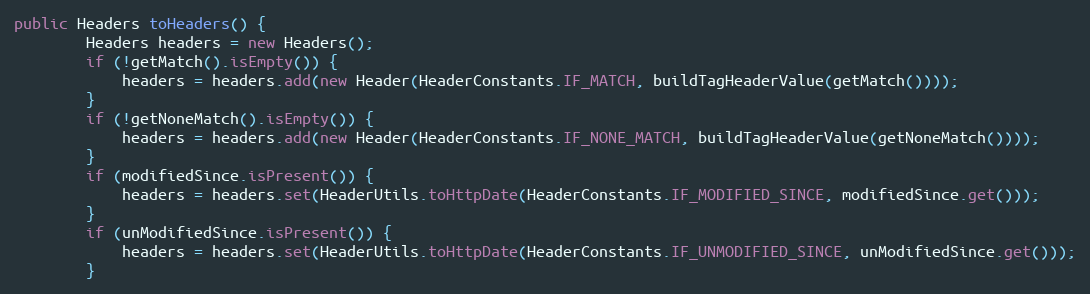
Language: Java
public Headers toHeaders() {
        Headers headers = new Headers();
        if (!getMatch().isEmpty()) {
            headers = headers.add(new Header(HeaderConstants.IF_MATCH, buildTagHeaderValue(getMatch())));
        }
        if (!getNoneMatch().isEmpty()) {
            headers = headers.add(new Header(HeaderConstants.IF_NONE_MATCH, buildTagHeaderValue(getNoneMatch())));
        }
        if (modifiedSince.isPresent()) {
            headers = headers.set(HeaderUtils.toHttpDate(HeaderConstants.IF_MODIFIED_SINCE, modifiedSince.get()));
        }
        if (unModifiedSince.isPresent()) {
            headers = headers.set(HeaderUtils.toHttpDate(HeaderConstants.IF_UNMODIFIED_SINCE, unModifiedSince.get()));
        }